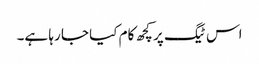
اس ٹیگ پر کچھ کام کیا جا رہا ہے۔